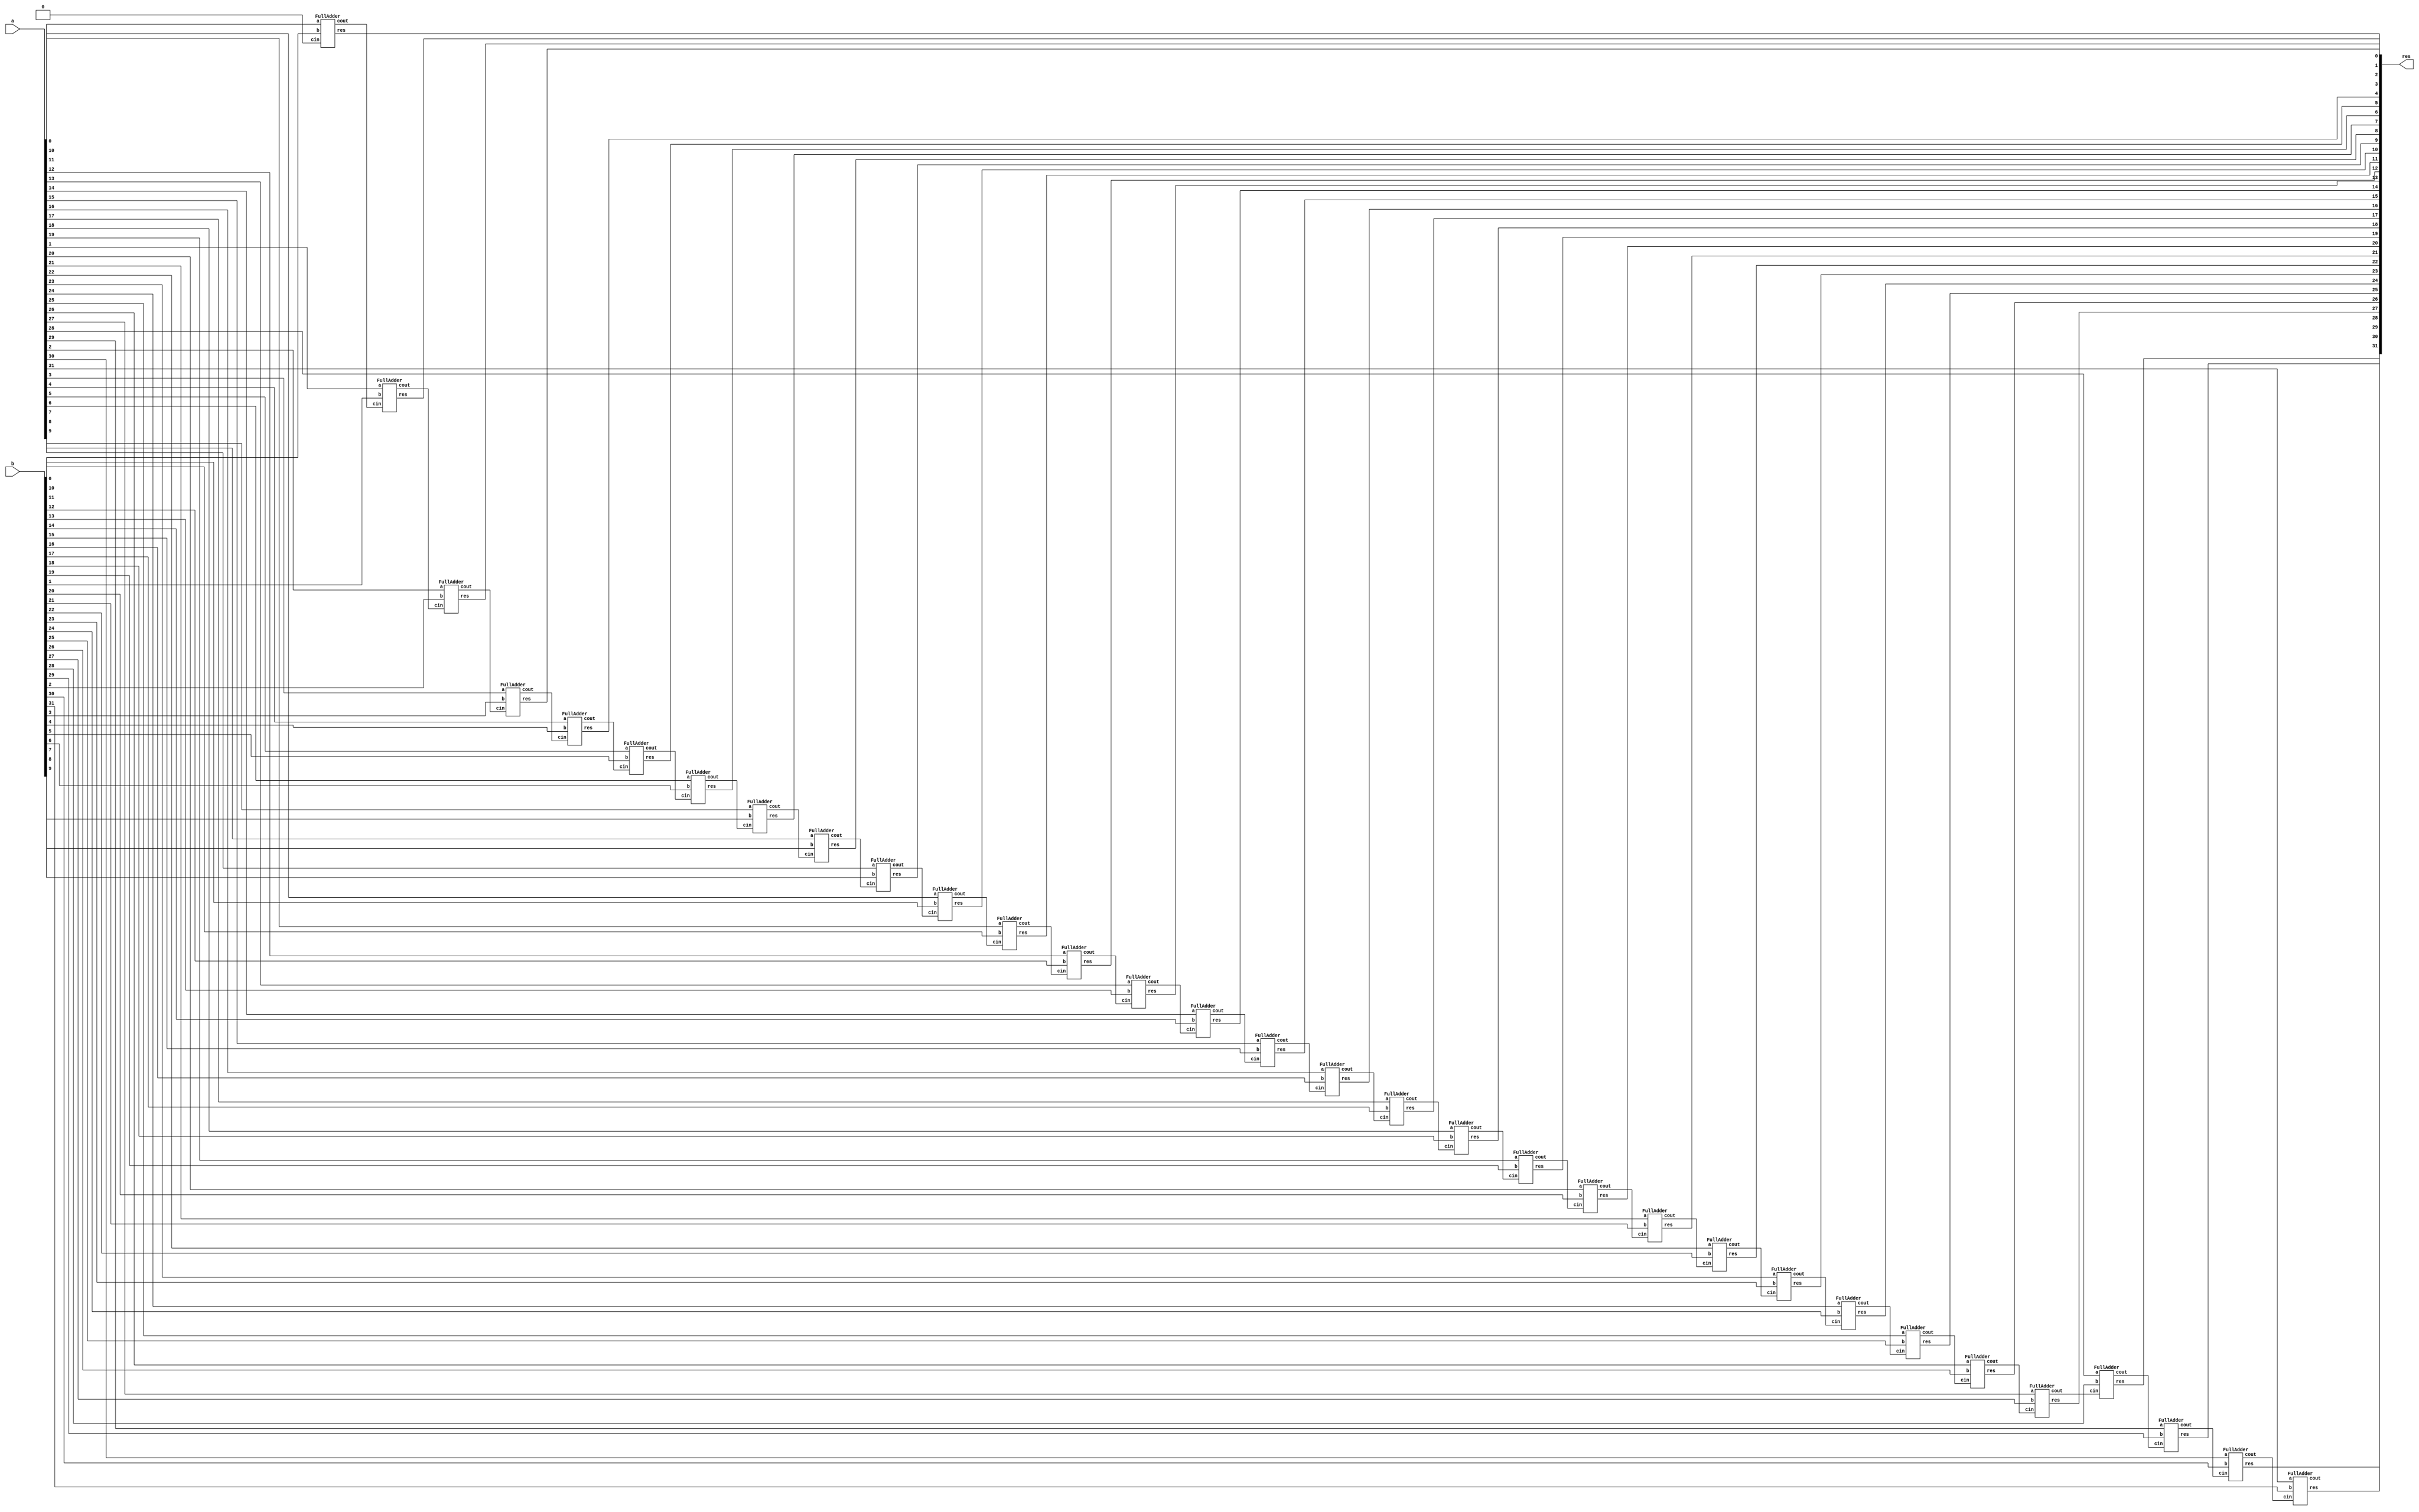
`timescale 1ns / 1ps

module Adder(
	input [31:0]a,
	input [31:0]b,
	output [31:0] res
    );
	 
wire [32:0]wires;
assign wires[0] = 0;

genvar var;

generate
	for (var = 0; var < 32; var = var + 1) begin
		FullAdder fa(.a(a[var]),
			.b(b[var]), 
			.cin(wires[var]), 
			.cout(wires[var+1]), 
			.res(res[var]));
	end

endgenerate

endmodule

module FullAdder(
	input a, 
	input b,
	input cin, 
	output cout, 
	output res
	 );

assign {cout, res} = a + b + cin;

endmodule